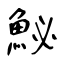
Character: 鮅